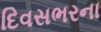
દિવસભરના